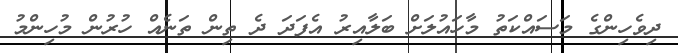
ދިވެހިންގެ މަސައްކަތު މާހައުލަށް ބަލާއިރު އެފަދަ ދެ ތިން ތަނެއް ހުރުން މުހިންމު